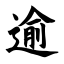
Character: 逾